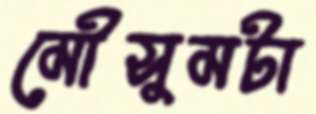
মৌসুমটা